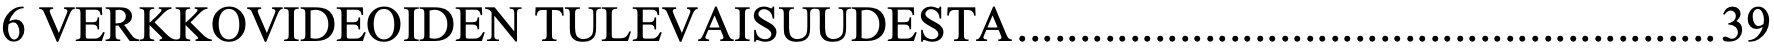
6 VERKKOVIDEOIDEN TULEVAISUUDESTA........................................................39